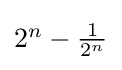
\textstyle 2^{n}-{1 \over 2^{n}}